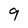
Character: 9